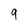
Character: 9